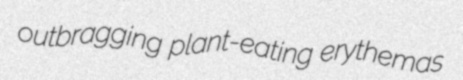
outbragging plant-eating erythemas